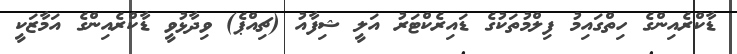
ޑާކްރެއިންގެ ހިތްގައިމު ފިލްމުތަކުގެ ޑައިރެކްޓަރު އަލީ ޝިފާއު (ޗިއްޕެ) ވިދާޅުވީ ޑާކްރެއިންގެ އަމާޒަކީ